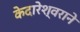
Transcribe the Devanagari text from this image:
केदारेश्वराने